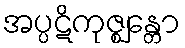
အပ္ပဋိကုဇ္ဈန္တော